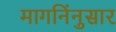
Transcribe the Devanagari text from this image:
मागनिंनुसार